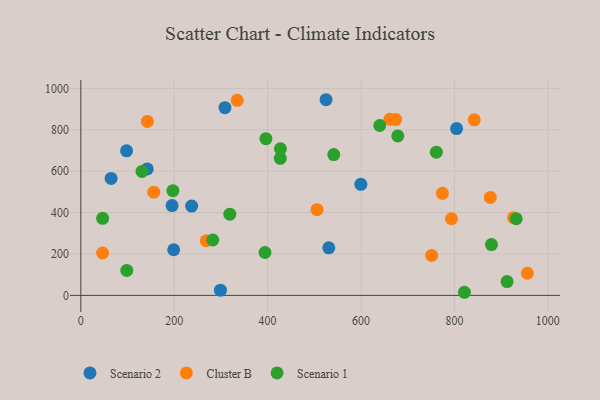
{"axis": {"x": "Experience", "y": "Salary"}, "legend": ["Cluster B", "Scenario 1", "Scenario 2"], "data": [{"x": "308.7", "y": 906.8, "type": "Scenario 2"}, {"x": "804.6", "y": 806.0, "type": "Scenario 2"}, {"x": "599.6", "y": 536.7, "type": "Scenario 2"}, {"x": "195.4", "y": 433.9, "type": "Scenario 2"}, {"x": "299.0", "y": 25.1, "type": "Scenario 2"}, {"x": "531.0", "y": 229.5, "type": "Scenario 2"}, {"x": "237.3", "y": 431.2, "type": "Scenario 2"}, {"x": "198.9", "y": 220.5, "type": "Scenario 2"}, {"x": "64.9", "y": 564.8, "type": "Scenario 2"}, {"x": "525.1", "y": 945.2, "type": "Scenario 2"}, {"x": "142.2", "y": 610.8, "type": "Scenario 2"}, {"x": "98.0", "y": 698.5, "type": "Scenario 2"}, {"x": "156.2", "y": 498.8, "type": "Cluster B"}, {"x": "842.5", "y": 848.1, "type": "Cluster B"}, {"x": "793.7", "y": 370.3, "type": "Cluster B"}, {"x": "505.8", "y": 414.2, "type": "Cluster B"}, {"x": "334.9", "y": 942.2, "type": "Cluster B"}, {"x": "956.2", "y": 106.9, "type": "Cluster B"}, {"x": "268.6", "y": 263.8, "type": "Cluster B"}, {"x": "142.5", "y": 840.4, "type": "Cluster B"}, {"x": "751.2", "y": 193.2, "type": "Cluster B"}, {"x": "774.2", "y": 492.8, "type": "Cluster B"}, {"x": "876.9", "y": 473.2, "type": "Cluster B"}, {"x": "674.1", "y": 850.2, "type": "Cluster B"}, {"x": "46.7", "y": 204.8, "type": "Cluster B"}, {"x": "661.7", "y": 850.8, "type": "Cluster B"}, {"x": "926.5", "y": 375.0, "type": "Cluster B"}, {"x": "197.2", "y": 505.8, "type": "Scenario 1"}, {"x": "678.7", "y": 770.1, "type": "Scenario 1"}, {"x": "396.4", "y": 756.8, "type": "Scenario 1"}, {"x": "912.7", "y": 66.7, "type": "Scenario 1"}, {"x": "394.4", "y": 207.1, "type": "Scenario 1"}, {"x": "427.4", "y": 708.0, "type": "Scenario 1"}, {"x": "319.0", "y": 392.5, "type": "Scenario 1"}, {"x": "761.3", "y": 692.0, "type": "Scenario 1"}, {"x": "932.3", "y": 370.2, "type": "Scenario 1"}, {"x": "879.3", "y": 245.6, "type": "Scenario 1"}, {"x": "821.4", "y": 15.0, "type": "Scenario 1"}, {"x": "98.4", "y": 120.6, "type": "Scenario 1"}, {"x": "282.6", "y": 267.6, "type": "Scenario 1"}, {"x": "541.6", "y": 680.3, "type": "Scenario 1"}, {"x": "427.1", "y": 662.3, "type": "Scenario 1"}, {"x": "640.1", "y": 820.6, "type": "Scenario 1"}, {"x": "131.0", "y": 598.8, "type": "Scenario 1"}, {"x": "46.8", "y": 372.4, "type": "Scenario 1"}]}